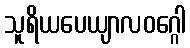
သူရိယပေယျာလဝဂ္ဂေါ